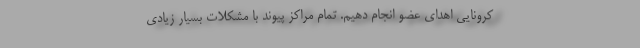
کرونایی اهدای عضو انجام دهیم. تمام مراکز پیوند با مشکلات بسیار زیادی